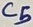
Text: C5